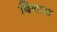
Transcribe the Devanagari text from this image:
बिनास